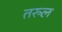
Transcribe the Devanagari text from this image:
तरुल